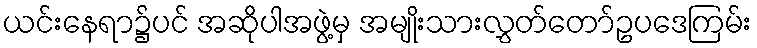
ယင်းနေရာ၌ပင် အဆိုပါအဖွဲ့မှ အမျိုးသားလွှတ်တော်ဥပဒေကြမ်း